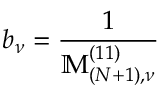
b _ { \nu } = \frac { 1 } { \mathbb { M } _ { ( N + 1 ) , \nu } ^ { ( 1 1 ) } }